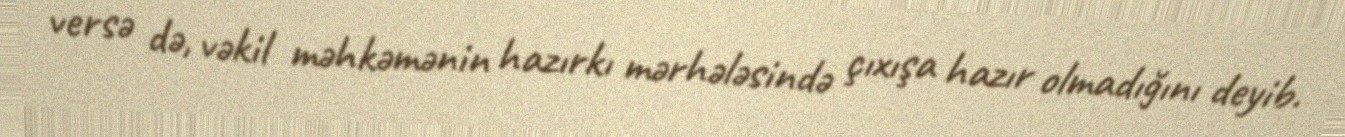
versə də, vəkil məhkəmənin hazırkı mərhələsində çıxışa hazır olmadığını deyib.